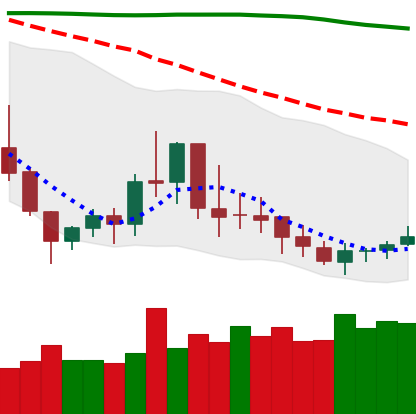
Ticker: DOGE-USD
Chart end date: 2019-09-15
Forward return: 8.618%
Label: up_7plus